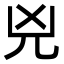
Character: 兇